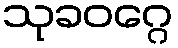
သုခဝဂ္ဂေ